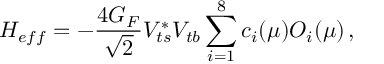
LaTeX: H _ { e f f } = - { \frac { 4 G _ { F } } { \sqrt 2 } } V _ { t s } ^ { * } V _ { t b } \sum _ { i = 1 } ^ { 8 } c _ { i } ( \mu ) O _ { i } ( \mu ) \, ,